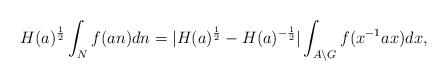
LaTeX: \begin{align*}H(a)^\frac12\int_Nf(an)dn=|H(a)^\frac12-H(a)^{-\frac12}|\int_{A\backslash G}f(x^{-1}ax)dx,\end{align*}